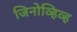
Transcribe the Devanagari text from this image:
जिनोव्हिव्ह